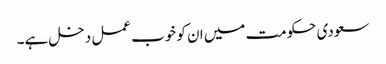
سعودی حکومت میں ان کو خوب عمل دخل ہے۔